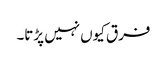
فرق کیوں نہیں پڑتا۔